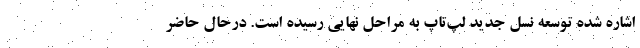
اشاره شده توسعه نسل جدید لپ‌تاپ به مراحل نهایی رسیده است. درحال حاضر